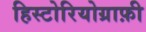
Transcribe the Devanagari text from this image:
हिस्टोरियोग्राफ़ी